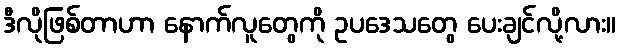
ဒီလိုဖြစ်တာဟာ နောက်လူတွေကို ဥပဒေသတွေ ပေးချင်လို့လား။